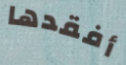
أفقدها